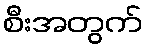
စီးအတွက်